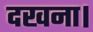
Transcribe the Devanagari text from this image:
दखना।